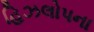
હિઝલોપના